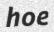
hoe